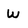
Character: W